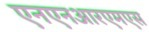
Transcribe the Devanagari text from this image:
एनएनआरएमएस